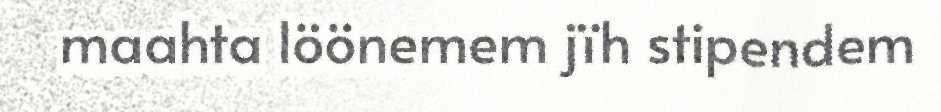
maahta löönemem jïh stipendem